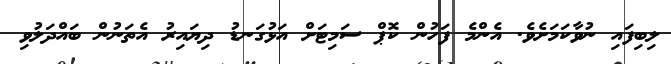
ލިބިފައި ނުވާކަމަށެވެ. އެންމެ ފަހުން ކޮޕް ސަމިޓަށް އަޅުގަނޑު ދިޔައިރު އެތަނުން ބައްދަލުވި